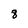
Character: 8